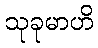
သုခုမာဟိ